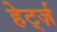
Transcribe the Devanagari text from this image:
हेर्ट्ज़